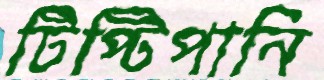
টিপ্‌টিপানি